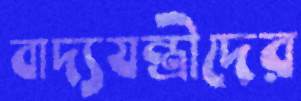
বাদ্যযন্ত্রীদের